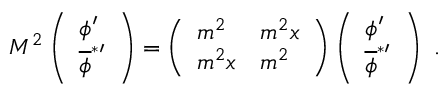
M ^ { 2 } \left( \begin{array} { l } { { \phi ^ { \prime } } } \\ { { { \overline { { { \phi } } } } ^ { * \prime } } } \end{array} \right) = \left( \begin{array} { l l } { { m ^ { 2 } } } & { { m ^ { 2 } x } } \\ { { m ^ { 2 } x } } & { { m ^ { 2 } } } \end{array} \right) \left( \begin{array} { l } { { \phi ^ { \prime } } } \\ { { { \overline { { { \phi } } } } ^ { * \prime } } } \end{array} \right) \ .